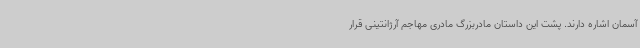
آسمان اشاره دارند. پشت این داستان مادربزرگ مادری مهاجم آرژانتینی قرار